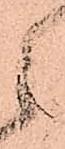
之